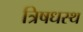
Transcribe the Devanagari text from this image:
त्रिषधस्थ